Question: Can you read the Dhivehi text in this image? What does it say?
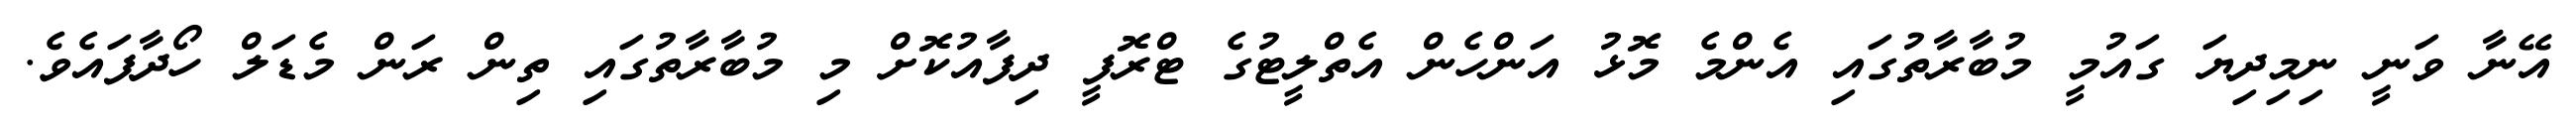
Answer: އޭނާ ވަނީ ނިމިދިޔަ ގައުމީ މުބާރާތުގައި އެންމެ މޮޅު އަންހެން އެތްލީޓުގެ ޓްރޮފީ ދިފާއުކޮށް މި މުބާރާތުގައި ތިން ރަން މެޑަލް ހޯދާފައެވެ.